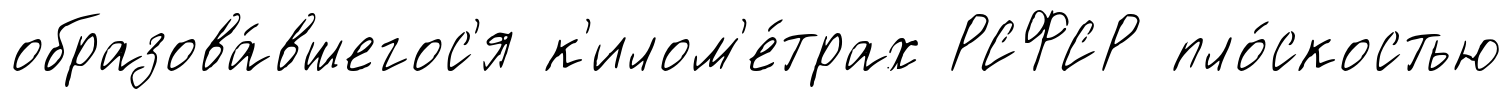
образова́вшегос'я к'илом'е́трах РСФСР пло́скостью